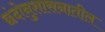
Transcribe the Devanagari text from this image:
छंदोनुशासनातील